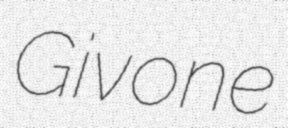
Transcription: Givone